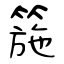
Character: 箷